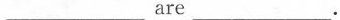
___are___